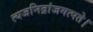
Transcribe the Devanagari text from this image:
त्यजनिद्रांजगत्पते।